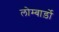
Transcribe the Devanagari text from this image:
लोम्बार्ड़ो